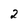
Character: 2